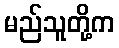
မည်သူတို့က